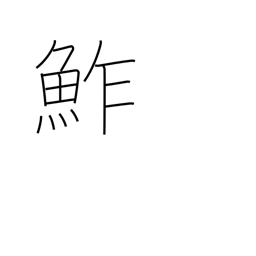
Meaning: sushi